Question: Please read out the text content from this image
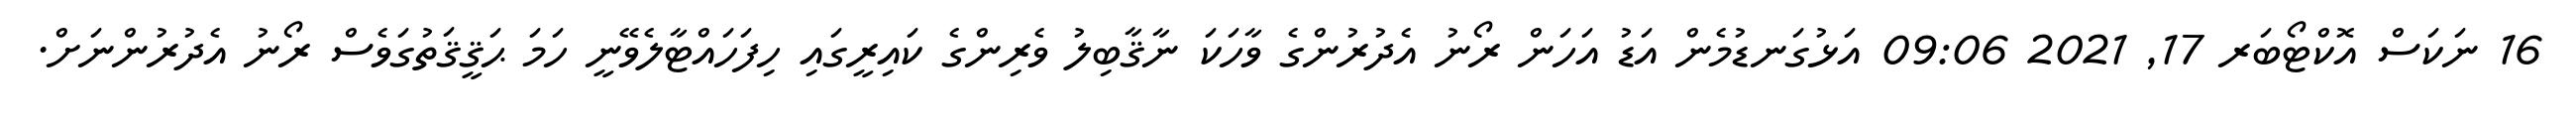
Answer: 16 ނަކަސް އޮކްޓޯބަރ 17, 2021 09:06 އަޅުގަނޑުމެން އަޑު އަހަން ރޯނު އެދުރުންގެ ވާހަކަ ނާޤާބިލު ވެރިންގެ ކައިރީގައި ހިފަހައްޓާލެވޭނީ ހަމަ ޙަޤީޤަތުގަވެސް ރޯނު އެދުރުންނަށް.